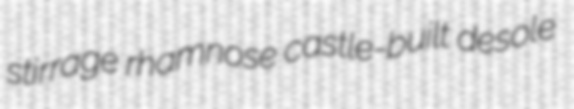
stirrage rhamnose castle-built desole